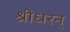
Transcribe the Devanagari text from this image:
श्रीधरन्